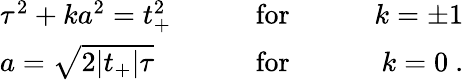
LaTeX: \begin{array}{lcr}{{\tau^{2}+ka^{2}=t_{+}^{2}}}&{{\qquad\mathrm{for}\qquad}}&{{k=\pm 1}}\\ {{a=\sqrt{2|t_{+}|\tau}}}&{{\qquad\mathrm{for}\qquad}}&{{k=0\ .}}\end{array}